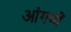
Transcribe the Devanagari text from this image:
आंगणीं